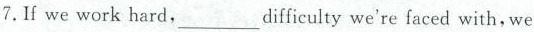
7.If we work hard，___difficulty we're faced with，we